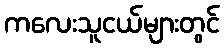
ကလေးသူငယ်များတွင်